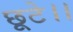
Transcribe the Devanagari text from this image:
छूटे।।